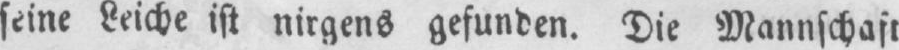
seine Leiche ist nirgends gefunden. Die Mannschaft